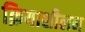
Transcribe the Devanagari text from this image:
क्रियाशीलन